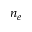
n _ { e }